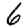
Digit: 6